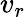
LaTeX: v_{r}